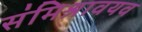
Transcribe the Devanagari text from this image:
संमिश्रावयव